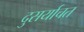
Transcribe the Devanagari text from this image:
दुसर्याचत